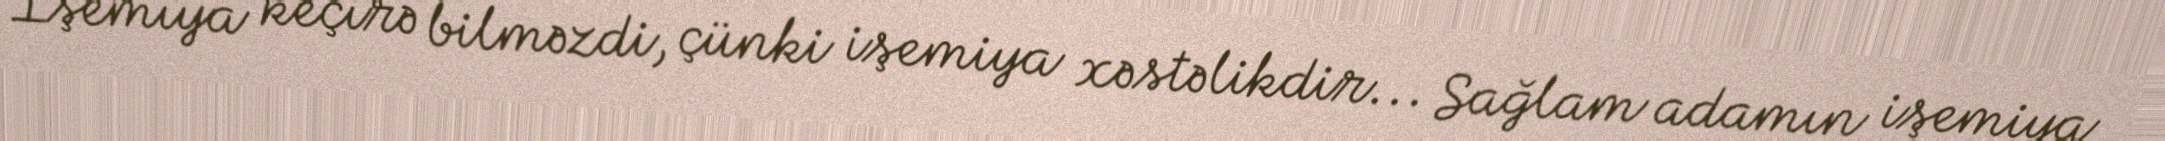
İşemiya keçirə bilməzdi, çünki işemiya xəstəlikdir... Sağlam adamın işemiya